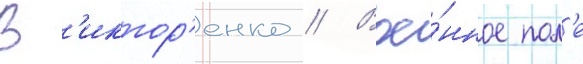
В'иктор'енко // Вое́нное пол'е